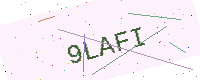
Text: 9LAFI